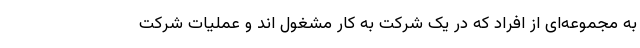
به مجموعه‌ای از افراد که در یک شرکت به کار مشغول اند و عملیات شرکت